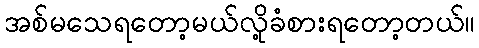
အစ်မသေရတော့မယ်လို့ခံစားရတော့တယ်။